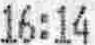
16:14